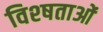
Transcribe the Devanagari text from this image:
विश्षताओं